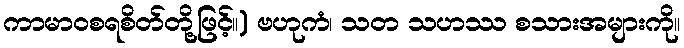
ကာမာဝစရစိတ်တို့ဖြင့်။) ဗဟုကံ၊ သတ သဟဿ စသားအများကို။